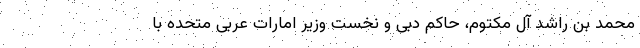
محمد بن راشد آل مکتوم، حاکم دبی و نخست وزیر امارات عربی متحده با